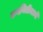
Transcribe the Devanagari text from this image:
कवयित्रींमध्ये